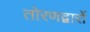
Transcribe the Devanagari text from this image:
तोरणद्वारों